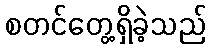
စတင်တွေ့ရှိခဲ့သည်